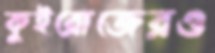
কুইরোজেরও